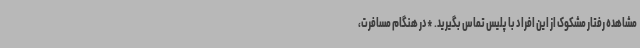
مشاهده رفتار مشکوک از این افراد با پلیس تماس بگیرید. *در هنگام مسافرت،